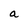
Character: a